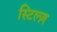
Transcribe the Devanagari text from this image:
स्टिल्ज़